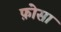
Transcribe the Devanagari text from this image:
फ़ोसा